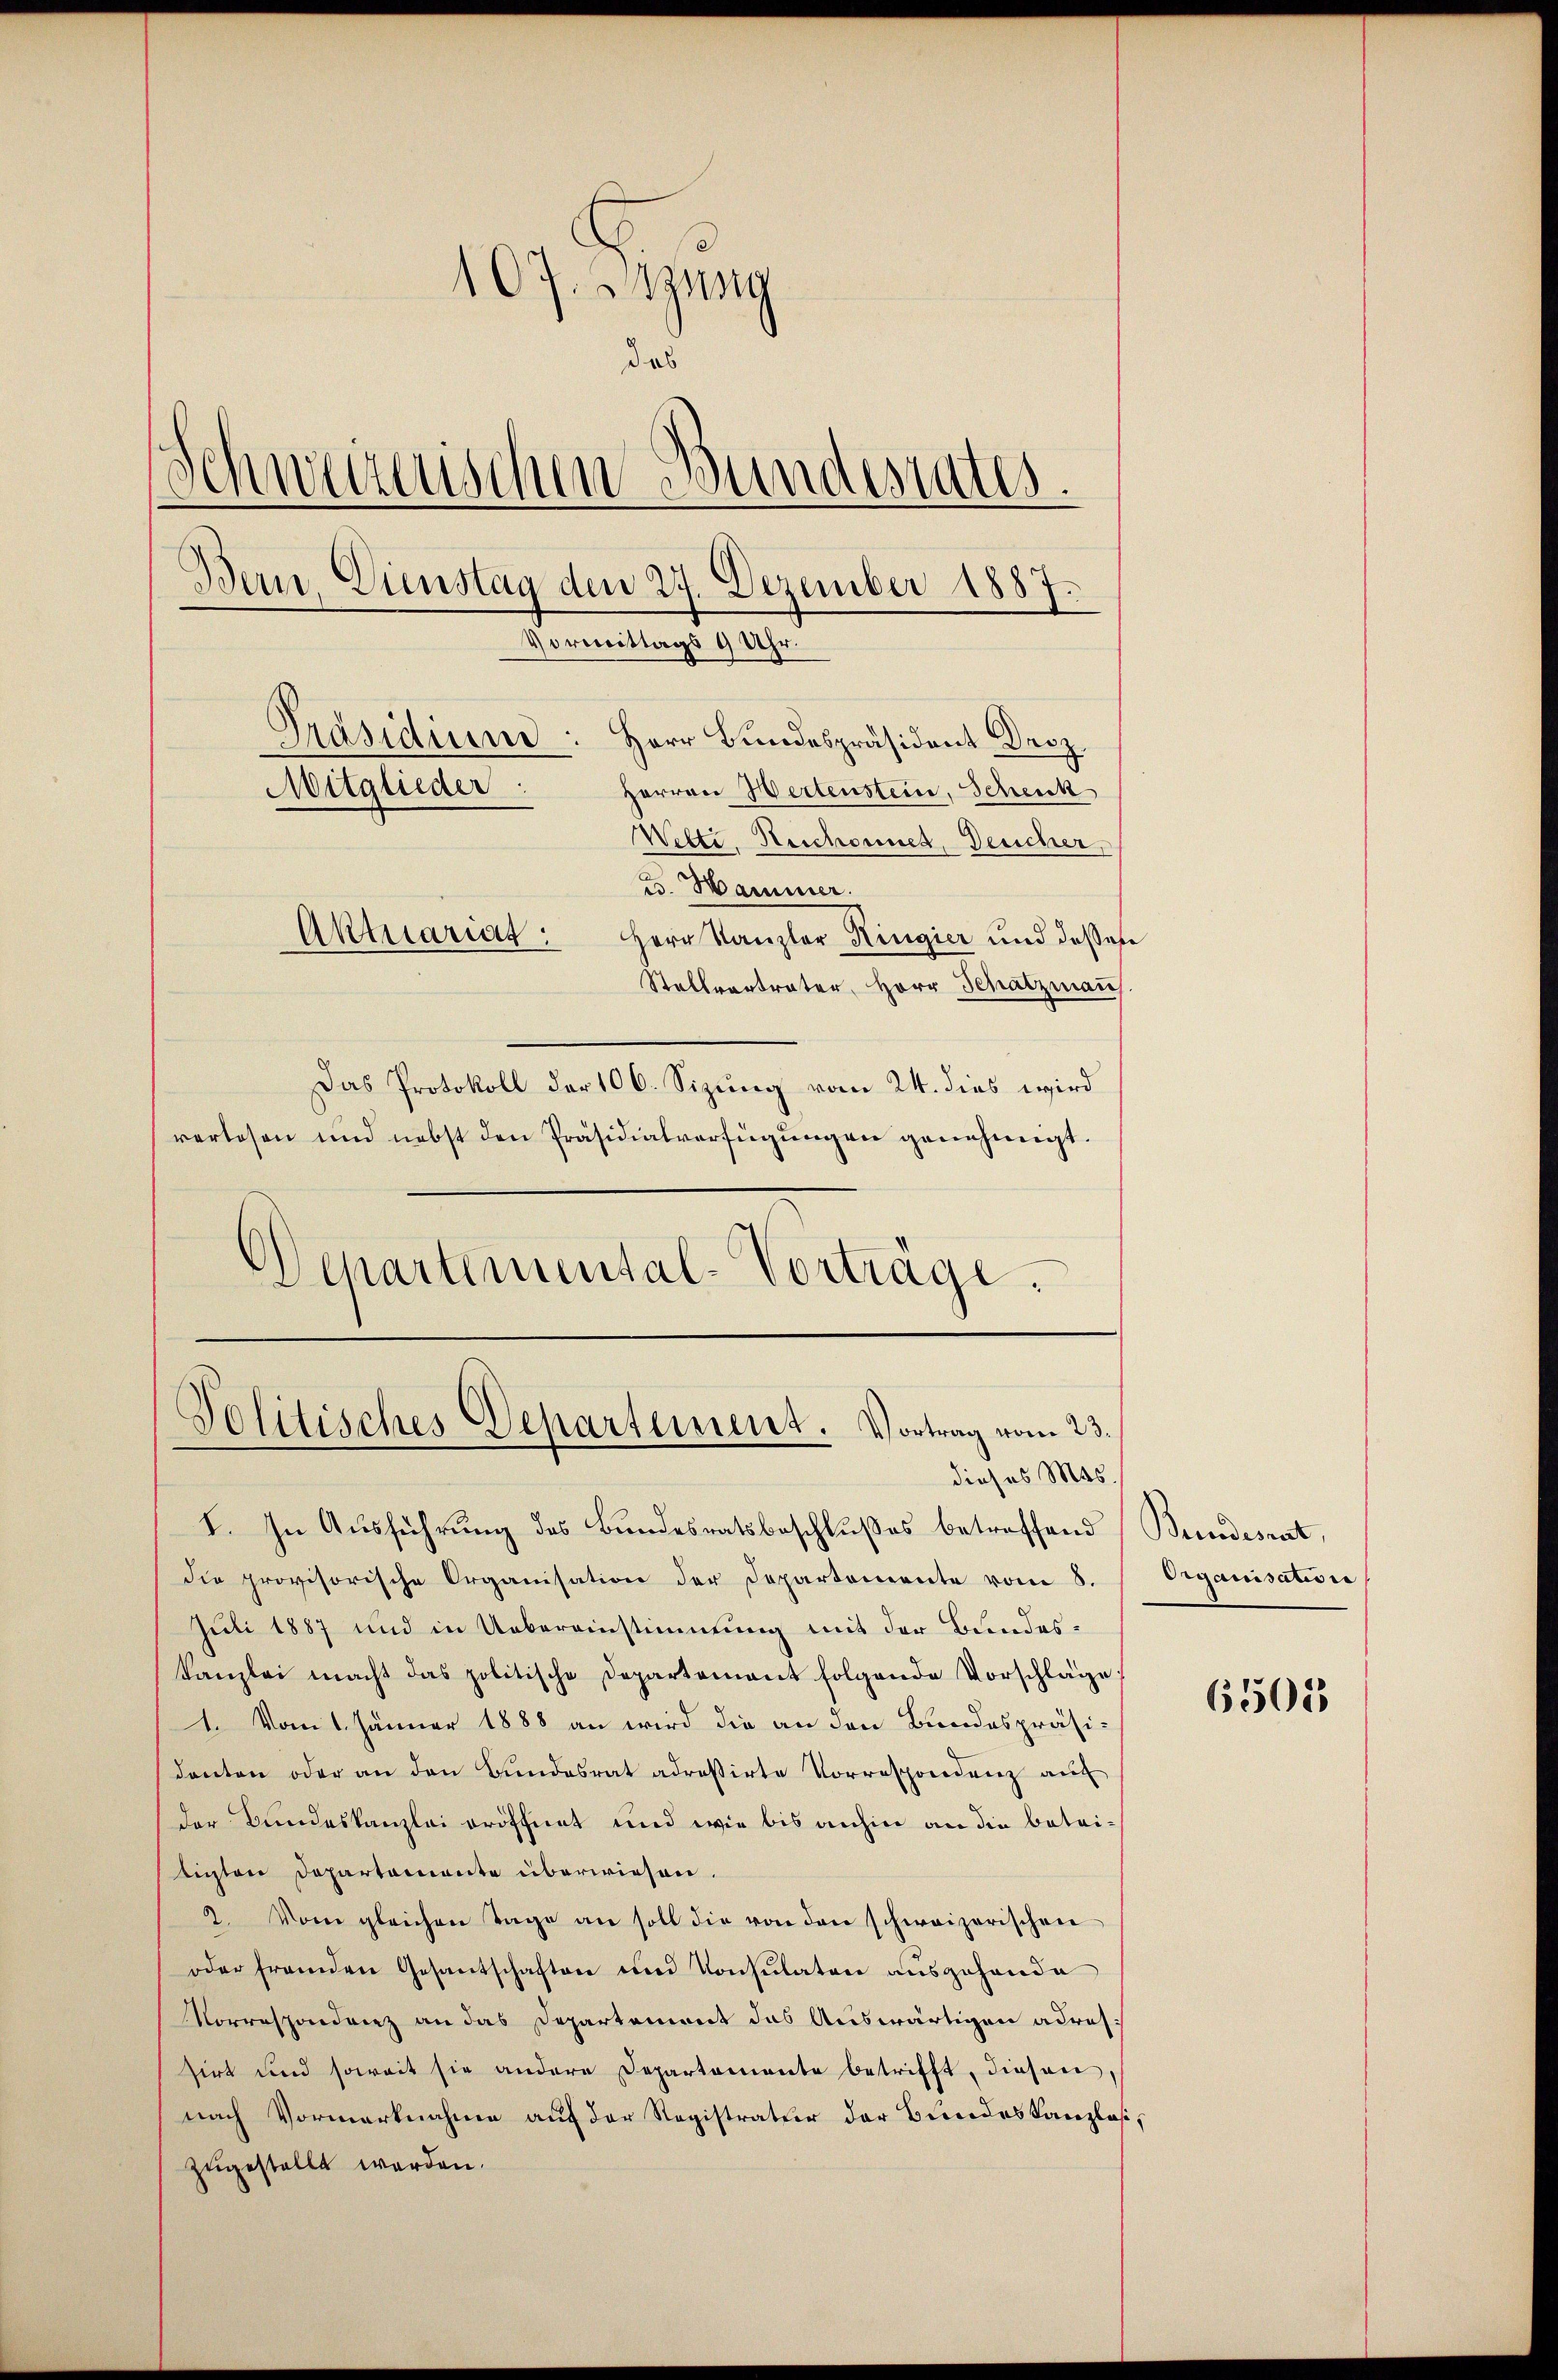
107. Sitzung
das
Schweizerischen Bundesrates.
Bern. Dienstag den 27. Dezember 1887.
Vormittags 9 Uhr.
Präsidiume: Herr Bundespräsident Droz.
Mitglieder:
Herren Hertenstein, Schenk
Wetti, Reschonnes, Deucher,
v. Harminer
Aktuariat:
Herr Kanzler Regier und dessere
Stellvertrater, Herr Schatzman
Das Protokoll der 106. Sizung vom 24. dies wird
verlesen und nebst den Präsidialverfügungen genehmigt.

Politisches Departement. Vortrag vom 23.
dieses Mos.

Departemental-Vorträge.

I. In Ausführung des Bundesratsbeschlusses betreffend (Bundesrat,
die provisorische Organisation der Departemente vom 8.
Juli 1887 und in Uebereinstimmung mit der Bundes-
kanzlei macht das politische Departement folgende Vorschläge,
1. Vom 1. Jänner 1888 an wird die an den Bundespräsidanten oder an den Bundesrat adressirte Vorrespondenz auf
der Bundeskanzlei eröffnet und wie bis anhin an die betritigten Departemente überwiesen.
2. Vom gleichen Tage an soll die von den schweizerischen
oder fremden Gesantschaften und Konsulaten ausgehende
Vorrespondenz an das Departement das Auswärtigen adressirt und soweit sie andere Departemente betrifft, diesen,
nach Vormerknahme auf der Registratier der Bundeskanzlos,
zugestellt werden.

Organisation

6501